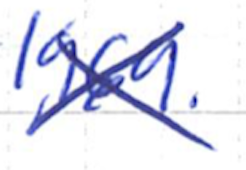
Text: 1969.
Cross-out: mix
Writing tool: ballpoint